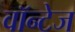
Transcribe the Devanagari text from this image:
वॉन्टेज